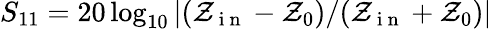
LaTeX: S_{11}=20\log_{10}\left|(\mathcal{Z}_{\mathrm{{~i~n~}}}-\mathcal{Z}_{0})/(\mathcal{Z}_{\mathrm{{~i~n~}}}+\mathcal{Z}_{0})\right|